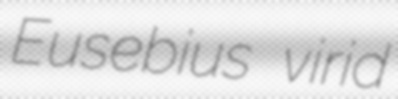
Eusebius virid